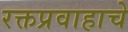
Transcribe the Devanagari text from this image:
रक्तप्रवाहाचे